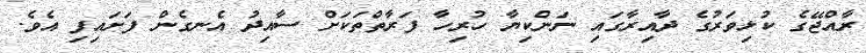
ރާއްޖޭގެ ކުޅިވަރުގެ ދާއިރާގައި ނަންކިޔާ ހުރިހާ ފަރާތްތަކަށް ސާއިދު އެނގެން ފަށައިފި އެވެ.